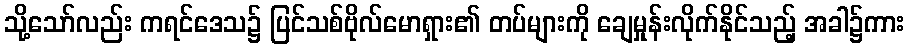
သို့သော်လည်း ကရင်ဒေသ၌ ပြင်သစ်ဗိုလ်မောရှား၏ တပ်များကို ချေမှုန်းလိုက်နိုင်သည့် အခါ၌ကား